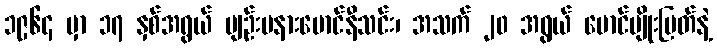
၁၉၆၄ မှာ ၁၇ နှစ်အရွယ် ပျဉ်းမနားမောင်နီသင်း၊ အသက် ၂၀ အရွယ် မောင်မျိုးမြတ်နဲ့